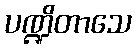
ပဏ္ဍိတာသေ